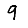
Digit: 9